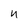
Character: U